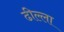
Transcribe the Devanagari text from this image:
ढील्ला